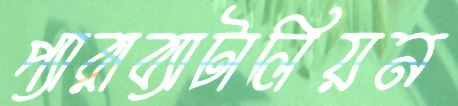
প্যারাব্যাটালিয়ন